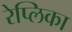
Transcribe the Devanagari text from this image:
रेप्लिका